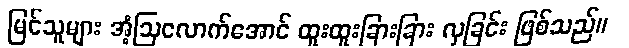
မြင်သူများ အံ့ဩလောက်အောင် ထူးထူးခြားခြား လှခြင်း ဖြစ်သည်။